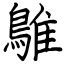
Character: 鵻